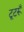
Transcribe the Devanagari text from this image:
टूटरूँ